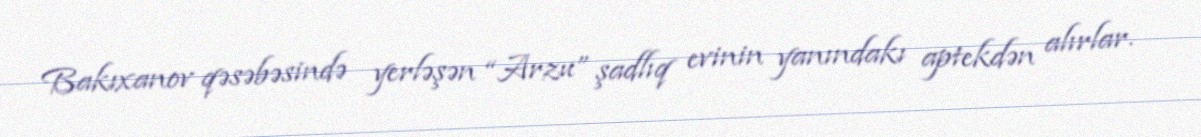
Bakıxanov qəsəbəsində yerləşən “Arzu” şadlıq evinin yanındakı aptekdən alırlar.